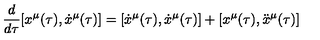
\frac { d } { d \tau } [ x ^ { \mu } ( \tau ) , \dot { x } ^ { \mu } ( \tau ) ] = [ \dot { x } ^ { \mu } ( \tau ) , \dot { x } ^ { \mu } ( \tau ) ] + [ x ^ { \mu } ( \tau ) , \ddot { x } ^ { \mu } ( \tau ) ]